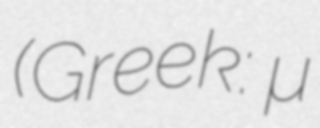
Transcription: (Greek: θέμα